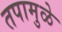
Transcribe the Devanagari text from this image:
तपामुळे